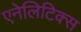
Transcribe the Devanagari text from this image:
एनेलिटिक्स